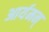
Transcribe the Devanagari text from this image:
आर्यमन्